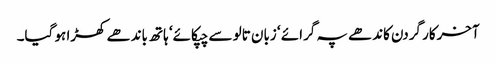
آخرکار گردن کاندھے پہ گرائے ‘ زبان تالو سے چپکائے‘ ہاتھ باندھے کھڑا ہو گیا۔